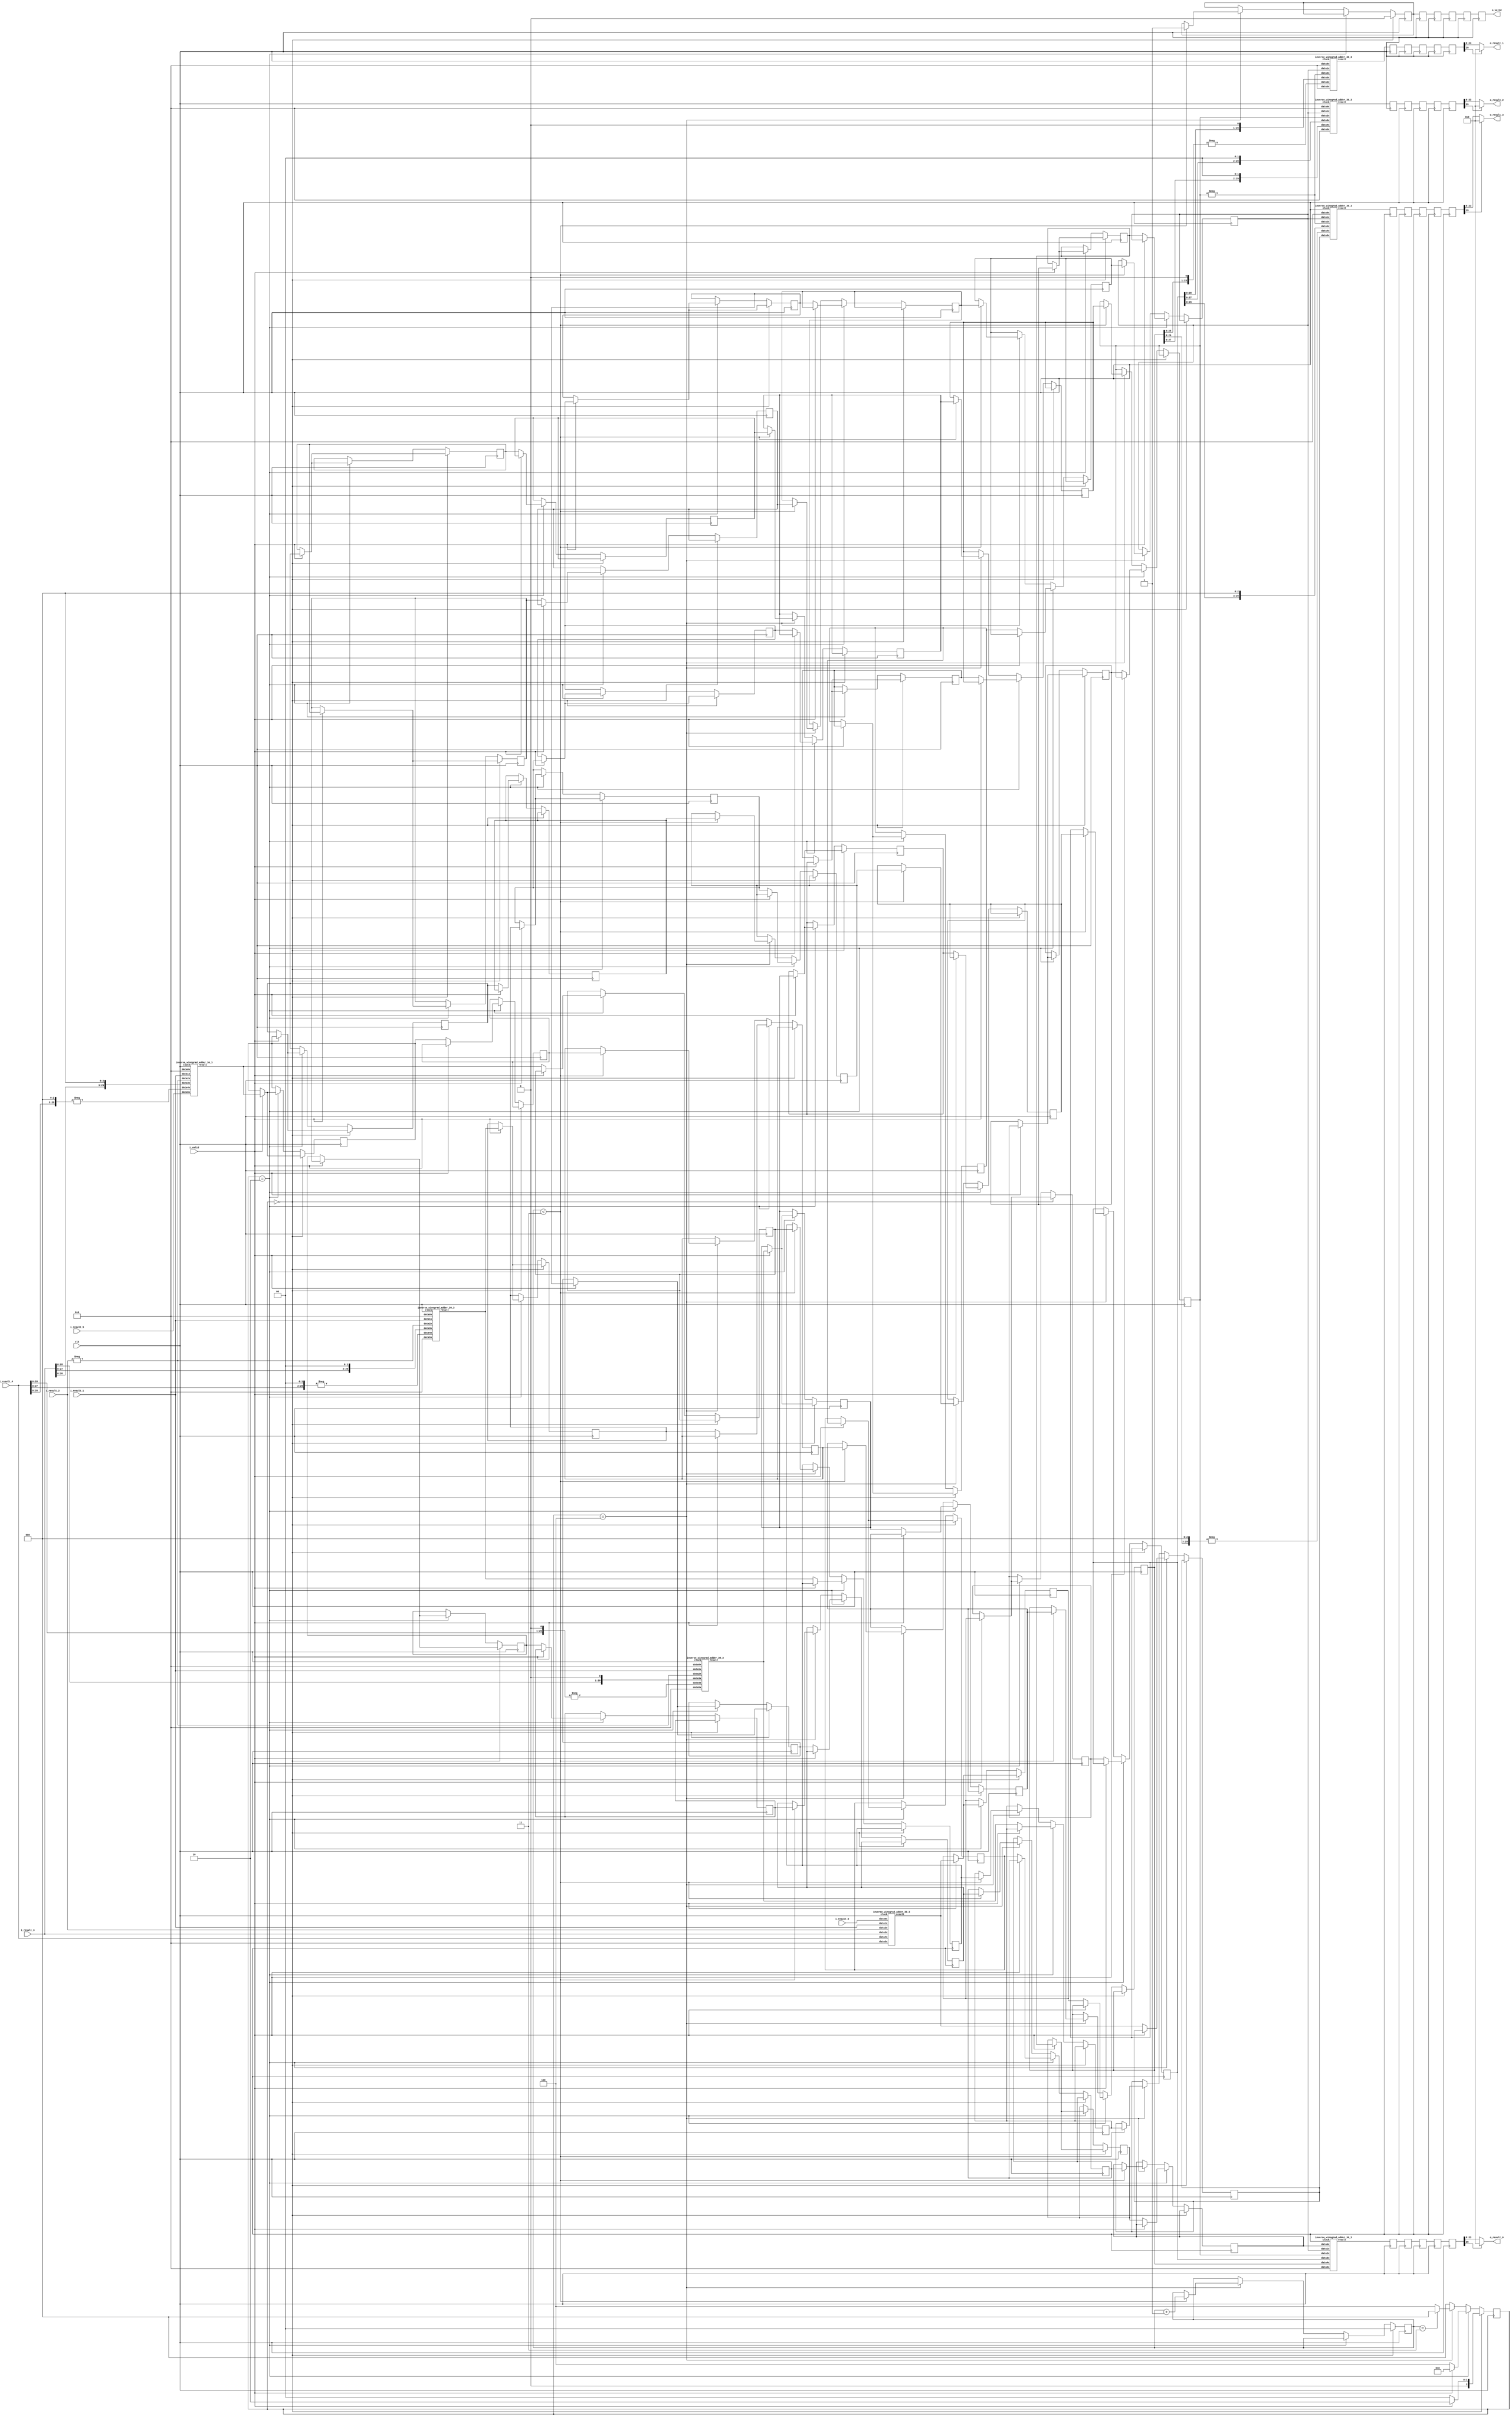
`define SIMULATION_MEMORY

module inverse_winograd_23 (
	input clk,
	input i_valid,
	input [29:0] i_result_0,
	input [29:0] i_result_1,
	input [29:0] i_result_2,
	input [29:0] i_result_3,
	input [29:0] i_result_4,
	input [29:0] i_result_5,
	output [15:0] o_result_0,
	output [15:0] o_result_1,
	output [15:0] o_result_2,
	output [15:0] o_result_3,
	output o_valid
);

reg [2:0] state, next_state;
wire [29:0] adders_res_0_0;
reg [29:0] serialize_reg_0_0;
reg [29:0] adders_res_0_1;
reg [29:0] serialize_reg_0_1;
reg [29:0] adders_res_0_2;
reg [29:0] serialize_reg_0_2;
reg [29:0] adders_res_0_3;
reg [29:0] serialize_reg_0_3;
reg [29:0] adders_res_0_4;
reg [29:0] serialize_reg_0_4;
reg [29:0] adders_res_0_5;
reg [29:0] serialize_reg_0_5;
wire [29:0] adders_res_1_0;
reg [29:0] serialize_reg_1_0;
reg [29:0] adders_res_1_1;
reg [29:0] serialize_reg_1_1;
reg [29:0] adders_res_1_2;
reg [29:0] serialize_reg_1_2;
reg [29:0] adders_res_1_3;
reg [29:0] serialize_reg_1_3;
reg [29:0] adders_res_1_4;
reg [29:0] serialize_reg_1_4;
reg [29:0] adders_res_1_5;
reg [29:0] serialize_reg_1_5;
wire [29:0] adders_res_2_0;
reg [29:0] serialize_reg_2_0;
reg [29:0] adders_res_2_1;
reg [29:0] serialize_reg_2_1;
reg [29:0] adders_res_2_2;
reg [29:0] serialize_reg_2_2;
reg [29:0] adders_res_2_3;
reg [29:0] serialize_reg_2_3;
reg [29:0] adders_res_2_4;
reg [29:0] serialize_reg_2_4;
reg [29:0] adders_res_2_5;
reg [29:0] serialize_reg_2_5;
wire [29:0] adders_res_3_0;
reg [29:0] serialize_reg_3_0;
reg [29:0] adders_res_3_1;
reg [29:0] serialize_reg_3_1;
reg [29:0] adders_res_3_2;
reg [29:0] serialize_reg_3_2;
reg [29:0] adders_res_3_3;
reg [29:0] serialize_reg_3_3;
reg [29:0] adders_res_3_4;
reg [29:0] serialize_reg_3_4;
reg [29:0] adders_res_3_5;
reg [29:0] serialize_reg_3_5;

wire [29:0] result_reg_0_0;
wire [29:0] result_reg_0_1;
wire [29:0] result_reg_0_2;
wire [29:0] result_reg_0_3;
reg [29:0] result_reg_1_0;
reg [29:0] result_reg_1_1;
reg [29:0] result_reg_1_2;
reg [29:0] result_reg_1_3;
reg [29:0] result_reg_2_0;
reg [29:0] result_reg_2_1;
reg [29:0] result_reg_2_2;
reg [29:0] result_reg_2_3;
reg [29:0] result_reg_3_0;
reg [29:0] result_reg_3_1;
reg [29:0] result_reg_3_2;
reg [29:0] result_reg_3_3;
reg [29:0] result_reg_4_0;
reg [29:0] result_reg_4_1;
reg [29:0] result_reg_4_2;
reg [29:0] result_reg_4_3;
reg [29:0] result_reg_5_0;
reg [29:0] result_reg_5_1;
reg [29:0] result_reg_5_2;
reg [29:0] result_reg_5_3;

reg out_valid_0;
reg out_valid_1;
reg out_valid_2;
reg out_valid_3;
reg out_valid_4;
reg out_valid_5;
reg [1:0] serialize_count;

always @ (posedge clk) begin
	out_valid_1 <= out_valid_0;
	result_reg_1_0 <= result_reg_0_0;
	result_reg_1_1 <= result_reg_0_1;
	result_reg_1_2 <= result_reg_0_2;
	result_reg_1_3 <= result_reg_0_3;
	out_valid_2 <= out_valid_1;
	result_reg_2_0 <= result_reg_1_0;
	result_reg_2_1 <= result_reg_1_1;
	result_reg_2_2 <= result_reg_1_2;
	result_reg_2_3 <= result_reg_1_3;
	out_valid_3 <= out_valid_2;
	result_reg_3_0 <= result_reg_2_0;
	result_reg_3_1 <= result_reg_2_1;
	result_reg_3_2 <= result_reg_2_2;
	result_reg_3_3 <= result_reg_2_3;
	out_valid_4 <= out_valid_3;
	result_reg_4_0 <= result_reg_3_0;
	result_reg_4_1 <= result_reg_3_1;
	result_reg_4_2 <= result_reg_3_2;
	result_reg_4_3 <= result_reg_3_3;
	out_valid_5 <= out_valid_4;
	result_reg_5_0 <= result_reg_4_0;
	result_reg_5_1 <= result_reg_4_1;
	result_reg_5_2 <= result_reg_4_2;
	result_reg_5_3 <= result_reg_4_3;
end

// FSM Combinational Logic
always @ (state or i_valid or serialize_count) begin
	if(state == 3'b000) begin
		if(i_valid == 1'b1)begin
			next_state = 3'b010;
		end else begin
			next_state = 3'b000;
		end
	end else if (state == 3'b010) begin
		if(i_valid == 1'b0) begin
			next_state = 3'b100;
		end else begin
			next_state = 3'b010;
		end
	end else if (state == 3'b100) begin
		if(serialize_count == 3)begin
			next_state = 3'b000;
		end else begin
			next_state = 3'b100;
		end
	end else begin
		next_state = 3'b000;
	end
end

// FSM Sequential Logic
always @ (posedge clk) begin
	if (state == 3'b000) begin
		serialize_count <= 0;
		out_valid_0 <= 0;
		if (i_valid == 1'b1) begin
			adders_res_0_1 <= adders_res_0_0;
			adders_res_1_1 <= adders_res_1_0;
			adders_res_2_1 <= adders_res_2_0;
			adders_res_3_1 <= adders_res_3_0;
			adders_res_0_2 <= adders_res_0_1;
			adders_res_1_2 <= adders_res_1_1;
			adders_res_2_2 <= adders_res_2_1;
			adders_res_3_2 <= adders_res_3_1;
			adders_res_0_3 <= adders_res_0_2;
			adders_res_1_3 <= adders_res_1_2;
			adders_res_2_3 <= adders_res_2_2;
			adders_res_3_3 <= adders_res_3_2;
			adders_res_0_4 <= adders_res_0_3;
			adders_res_1_4 <= adders_res_1_3;
			adders_res_2_4 <= adders_res_2_3;
			adders_res_3_4 <= adders_res_3_3;
			adders_res_0_5 <= adders_res_0_4;
			adders_res_1_5 <= adders_res_1_4;
			adders_res_2_5 <= adders_res_2_4;
			adders_res_3_5 <= adders_res_3_4;
		end
	end else if (state == 3'b010) begin
		if(i_valid == 1'b1) begin
			adders_res_0_1 <= adders_res_0_0;
			adders_res_1_1 <= adders_res_1_0;
			adders_res_2_1 <= adders_res_2_0;
			adders_res_3_1 <= adders_res_3_0;
			adders_res_0_2 <= adders_res_0_1;
			adders_res_1_2 <= adders_res_1_1;
			adders_res_2_2 <= adders_res_2_1;
			adders_res_3_2 <= adders_res_3_1;
			adders_res_0_3 <= adders_res_0_2;
			adders_res_1_3 <= adders_res_1_2;
			adders_res_2_3 <= adders_res_2_2;
			adders_res_3_3 <= adders_res_3_2;
			adders_res_0_4 <= adders_res_0_3;
			adders_res_1_4 <= adders_res_1_3;
			adders_res_2_4 <= adders_res_2_3;
			adders_res_3_4 <= adders_res_3_3;
			adders_res_0_5 <= adders_res_0_4;
			adders_res_1_5 <= adders_res_1_4;
			adders_res_2_5 <= adders_res_2_4;
			adders_res_3_5 <= adders_res_3_4;
		end else begin
			serialize_reg_0_0 <= adders_res_0_0;
			serialize_reg_1_0 <= adders_res_1_0;
			serialize_reg_2_0 <= adders_res_2_0;
			serialize_reg_3_0 <= adders_res_3_0;
			serialize_reg_0_1 <= adders_res_0_1;
			serialize_reg_1_1 <= adders_res_1_1;
			serialize_reg_2_1 <= adders_res_2_1;
			serialize_reg_3_1 <= adders_res_3_1;
			serialize_reg_0_2 <= adders_res_0_2;
			serialize_reg_1_2 <= adders_res_1_2;
			serialize_reg_2_2 <= adders_res_2_2;
			serialize_reg_3_2 <= adders_res_3_2;
			serialize_reg_0_3 <= adders_res_0_3;
			serialize_reg_1_3 <= adders_res_1_3;
			serialize_reg_2_3 <= adders_res_2_3;
			serialize_reg_3_3 <= adders_res_3_3;
			serialize_reg_0_4 <= adders_res_0_4;
			serialize_reg_1_4 <= adders_res_1_4;
			serialize_reg_2_4 <= adders_res_2_4;
			serialize_reg_3_4 <= adders_res_3_4;
			serialize_reg_0_5 <= adders_res_0_5;
			serialize_reg_1_5 <= adders_res_1_5;
			serialize_reg_2_5 <= adders_res_2_5;
			serialize_reg_3_5 <= adders_res_3_5;
		end
	end else if (state == 3'b100) begin
		if (serialize_count < 3) begin
			serialize_reg_0_0 <= serialize_reg_1_0;
			serialize_reg_0_1 <= serialize_reg_1_1;
			serialize_reg_0_2 <= serialize_reg_1_2;
			serialize_reg_0_3 <= serialize_reg_1_3;
			serialize_reg_0_4 <= serialize_reg_1_4;
			serialize_reg_0_5 <= serialize_reg_1_5;
			serialize_reg_1_0 <= serialize_reg_2_0;
			serialize_reg_1_1 <= serialize_reg_2_1;
			serialize_reg_1_2 <= serialize_reg_2_2;
			serialize_reg_1_3 <= serialize_reg_2_3;
			serialize_reg_1_4 <= serialize_reg_2_4;
			serialize_reg_1_5 <= serialize_reg_2_5;
			serialize_reg_2_0 <= serialize_reg_3_0;
			serialize_reg_2_1 <= serialize_reg_3_1;
			serialize_reg_2_2 <= serialize_reg_3_2;
			serialize_reg_2_3 <= serialize_reg_3_3;
			serialize_reg_2_4 <= serialize_reg_3_4;
			serialize_reg_2_5 <= serialize_reg_3_5;
			serialize_count <= serialize_count + 1'b1;
			out_valid_0 <= 1;
		end
	end
	state <=  next_state;
end

// AT Adders
inverse_winograd_adder_30_3 inverse_winograd_adder_30_3_inst_IWA0 (
	.data0x(i_result_0),
	.data1x(i_result_1),
	.data2x(i_result_2),
	.data3x(i_result_3),
	.data4x(i_result_4),
	.data5x({ (30) {1'b0} }),
	.clock(clk),
	.result(adders_res_0_0)
);
wire [29:0] f1, f2;
assign f1 = -i_result_2;
assign f2 = -{i_result_4[28:0], 1'b0};
inverse_winograd_adder_30_3 inverse_winograd_adder_30_3_inst_IWA1 (
	.data0x({ (30){1'b0} }),
	.data1x(i_result_1),
	.data2x(f1),
	.data3x({i_result_3[28:0], 1'b0}),
	.data4x(f2),
	.data5x({ (30){1'b0} }),
	.clock(clk),
	.result(adders_res_1_0)
);
wire [29:0] f3, f4;
assign f3 = -i_result_2;
assign f4 = -{i_result_4[27:0], 2'b00};
inverse_winograd_adder_30_3 inverse_winograd_adder_30_3_inst_IWA2 (
	.data0x({ (30){1'b0} }),
	.data1x(i_result_1),
	.data2x(f3),
	.data3x({i_result_3[27:0], 2'b00}),
	.data4x(f4),
	.data5x({ (30){1'b0} }),
	.clock(clk),
	.result(adders_res_2_0)
);
wire [29:0] f5, f6;
assign f5 = -i_result_2;
assign f6 = -{i_result_4[26:0], 3'b000};
inverse_winograd_adder_30_3 inverse_winograd_adder_30_3_inst_IWA3 (
	.data0x({ (30){1'b0} }),
	.data1x(i_result_1),
	.data2x(f5),
	.data3x({i_result_3[26:0], 3'b000}),
	.data4x(f6),
	.data5x(i_result_5),
	.clock(clk),
	.result(adders_res_3_0)
);

// A Adders
inverse_winograd_adder_30_3 inverse_winograd_adder_30_3_inst_IWAT0 (
	.data0x(serialize_reg_0_5),
	.data1x(serialize_reg_0_4),
	.data2x(serialize_reg_0_3),
	.data3x(serialize_reg_0_2),
	.data4x(serialize_reg_0_1),
	.data5x({ (30) {1'b0} }),
	.clock(clk),
	.result(result_reg_0_0)
);
wire [29:0] f7, f8;
assign f7 = -serialize_reg_0_3;
assign f8 = -{serialize_reg_0_1[28:0], 1'b0};
inverse_winograd_adder_30_3 inverse_winograd_adder_30_3_inst_IWAT1 (
	.data0x({ (30){1'b0} }),
	.data1x(serialize_reg_0_4),
	.data2x(f7),
	.data3x({serialize_reg_0_2[28:0], 1'b0}),
	.data4x(f8),
	.data5x({ (30){1'b0} }),
	.clock(clk),
	.result(result_reg_0_1)
);
inverse_winograd_adder_30_3 inverse_winograd_adder_30_3_inst_IWAT2 (
	.data0x({ (30){1'b0} }),
	.data1x(serialize_reg_0_4),
	.data2x(serialize_reg_0_3),
	.data3x({serialize_reg_0_2[27:0], 2'b00}),
	.data4x({serialize_reg_0_1[27:0], 2'b00}),
	.data5x({ (30){1'b0} }),
	.clock(clk),
	.result(result_reg_0_2)
);
wire [29:0] f9, f10;
assign f9 = -serialize_reg_0_3;
assign f10 = -{serialize_reg_0_1[26:0], 3'b000};
inverse_winograd_adder_30_3 inverse_winograd_adder_30_3_inst_IWAT3 (
	.data0x({ (30){1'b0} }),
	.data1x(serialize_reg_0_4),
	.data2x(f9),
	.data3x({serialize_reg_0_2[26:0], 3'b000}),
	.data4x(f10),
	.data5x(serialize_reg_0_0),
	.clock(clk),
	.result(result_reg_0_3)
);

reg [15:0] result_wire_0;
reg [15:0] result_wire_1;
reg [15:0] result_wire_2;
reg [15:0] result_wire_3;

always @ (*) begin
	if(result_reg_5_0[29] == 1'b0) begin
		result_wire_0 <= result_reg_5_0[23:8];
	end else begin
		result_wire_0 <= { (16){1'b0} };
	end
	if(result_reg_5_1[29] == 1'b0) begin
		result_wire_1 <= result_reg_5_1[23:8];
	end else begin
		result_wire_1 <= { (16){1'b0} };
	end
	if(result_reg_5_2[29] == 1'b0) begin
		result_wire_2 <= result_reg_5_2[23:8];
	end else begin
		result_wire_2 <= { (16){1'b0} };
	end
	if(result_reg_5_3[29] == 1'b0) begin
		result_wire_3 <= result_reg_5_3[23:8];
	end else begin
		result_wire_3 <= { (16){1'b0} };
	end
end

assign o_valid = out_valid_5;
assign o_result_0 = result_wire_0;
assign o_result_1 = result_wire_1;
assign o_result_2 = result_wire_2;
assign o_result_3 = result_wire_3;

endmodule
module inverse_winograd_adder_30_3 (
	input clock,
	input [29:0] data0x,
	input [29:0] data1x,
	input [29:0] data2x,
	input [29:0] data3x,
	input [29:0] data4x,
	input [29:0] data5x,
	output [29:0] result
);

reg [32:0] pipeline_0_0;
reg [32:0] pipeline_0_1;
reg [32:0] pipeline_0_2;
reg [32:0] pipeline_1_0;
reg [32:0] pipeline_1_1;
reg [32:0] pipeline_2_0;

always @ (posedge clock) begin
	pipeline_0_0 <= data0x + data1x;
	pipeline_0_1 <= data2x + data3x;
	pipeline_0_2 <= data4x + data5x;
	pipeline_1_0 <= pipeline_0_0 + pipeline_0_1;
	pipeline_1_1 <= pipeline_0_2;
	pipeline_2_0 <= pipeline_1_0 + pipeline_1_1;
end

assign result = pipeline_2_0;

endmodule